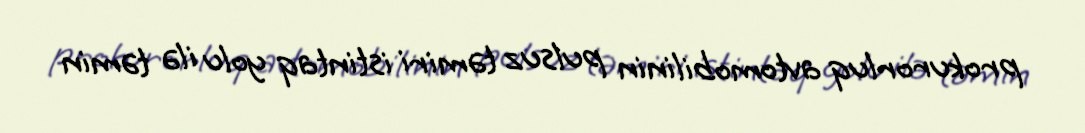
prokurorluq avtomobilinin pulsuz təmiri istintaq yolu ilə təmin